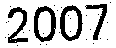
2007